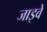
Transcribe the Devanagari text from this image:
जाइवे